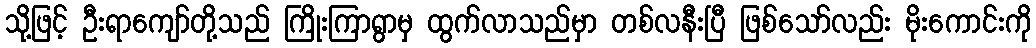
သို့ဖြင့် ဦးရာကျော်တို့သည် ကြိုးကြာရွာမှ ထွက်လာသည်မှာ တစ်လနီးပြီ ဖြစ်သော်လည်း မိုးကောင်းကို